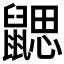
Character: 𪕳